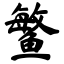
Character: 鳘